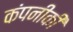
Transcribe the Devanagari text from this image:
कंपनीकी